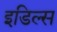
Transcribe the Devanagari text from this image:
इडिल्स